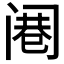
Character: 𲉁